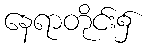
နေရာတိုင်း၌